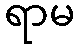
ရာမ